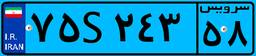
۲۸S۳۰۸۷۸